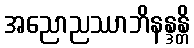
အညောညဿာဘိနန္ဒန္တိ